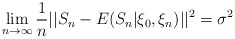
\begin{align*}\lim_{n\rightarrow\infty}\frac{1}{n}||S_{n}-E(S_{n}|\xi_{0},\xi_{n})||^{2}=\sigma^{2} \end{align*}